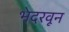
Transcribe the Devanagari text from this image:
भेदरवून